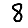
Digit: 8